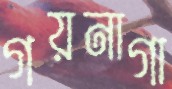
গয়নাগা